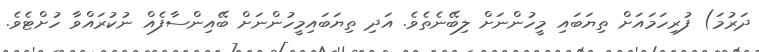
ދަރުމަ) ފުރިހަމައަށް ތިޔަބައި މީހުންނަށް ލިބޭނެތެވެ. އަދި ތިޔަބައިމީހުންނަށް ބޭއިންސާފެއް ނުކުރައްވާ ހުށްޓެވެ.